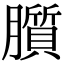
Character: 䑇